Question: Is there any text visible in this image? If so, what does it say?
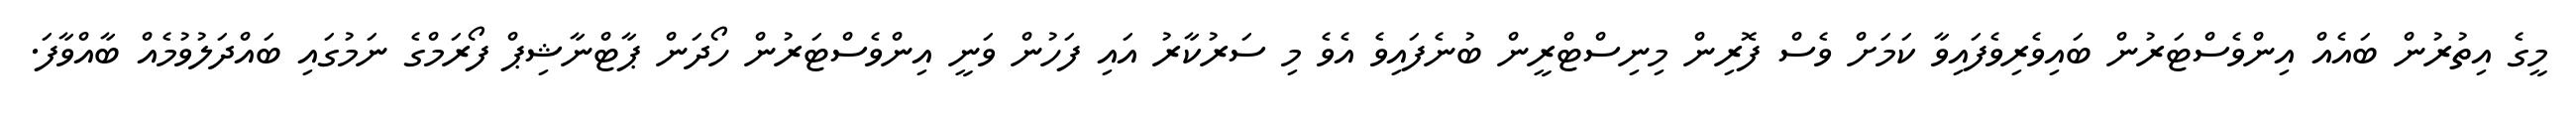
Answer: މީގެ އިތުރުން ބައެއް އިންވެސްޓަރުން ބައިވެރިވެފައިވާ ކަމަށް ވެސް ފޮރިން މިނިސްޓްރީން ބުނެފައިވެ އެވެ މި ސަރުކާރު އައި ފަހުން ވަނީ އިންވެސްޓަރުން ހޯދަން ޕާޓްނާޝިޕް ފޯރަމްގެ ނަމުގައި ބައްދަލުވުމެއް ބާއްވާފަ.